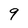
Character: 9